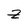
Character: z